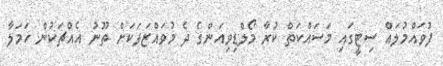
ފުވައްމުލައް ސިޓީގައި މަސައްކަތް ކުރާ މޯލްޑިވިއަންގެ ދެ މުވައްޒަފަކަށް ތޫނު އެއްޗަކުން ހަމަލާ